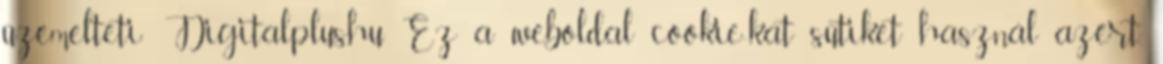
üzemelteti: Digitalplus.hu Ez a weboldal cookie-kat sütiket használ azért,